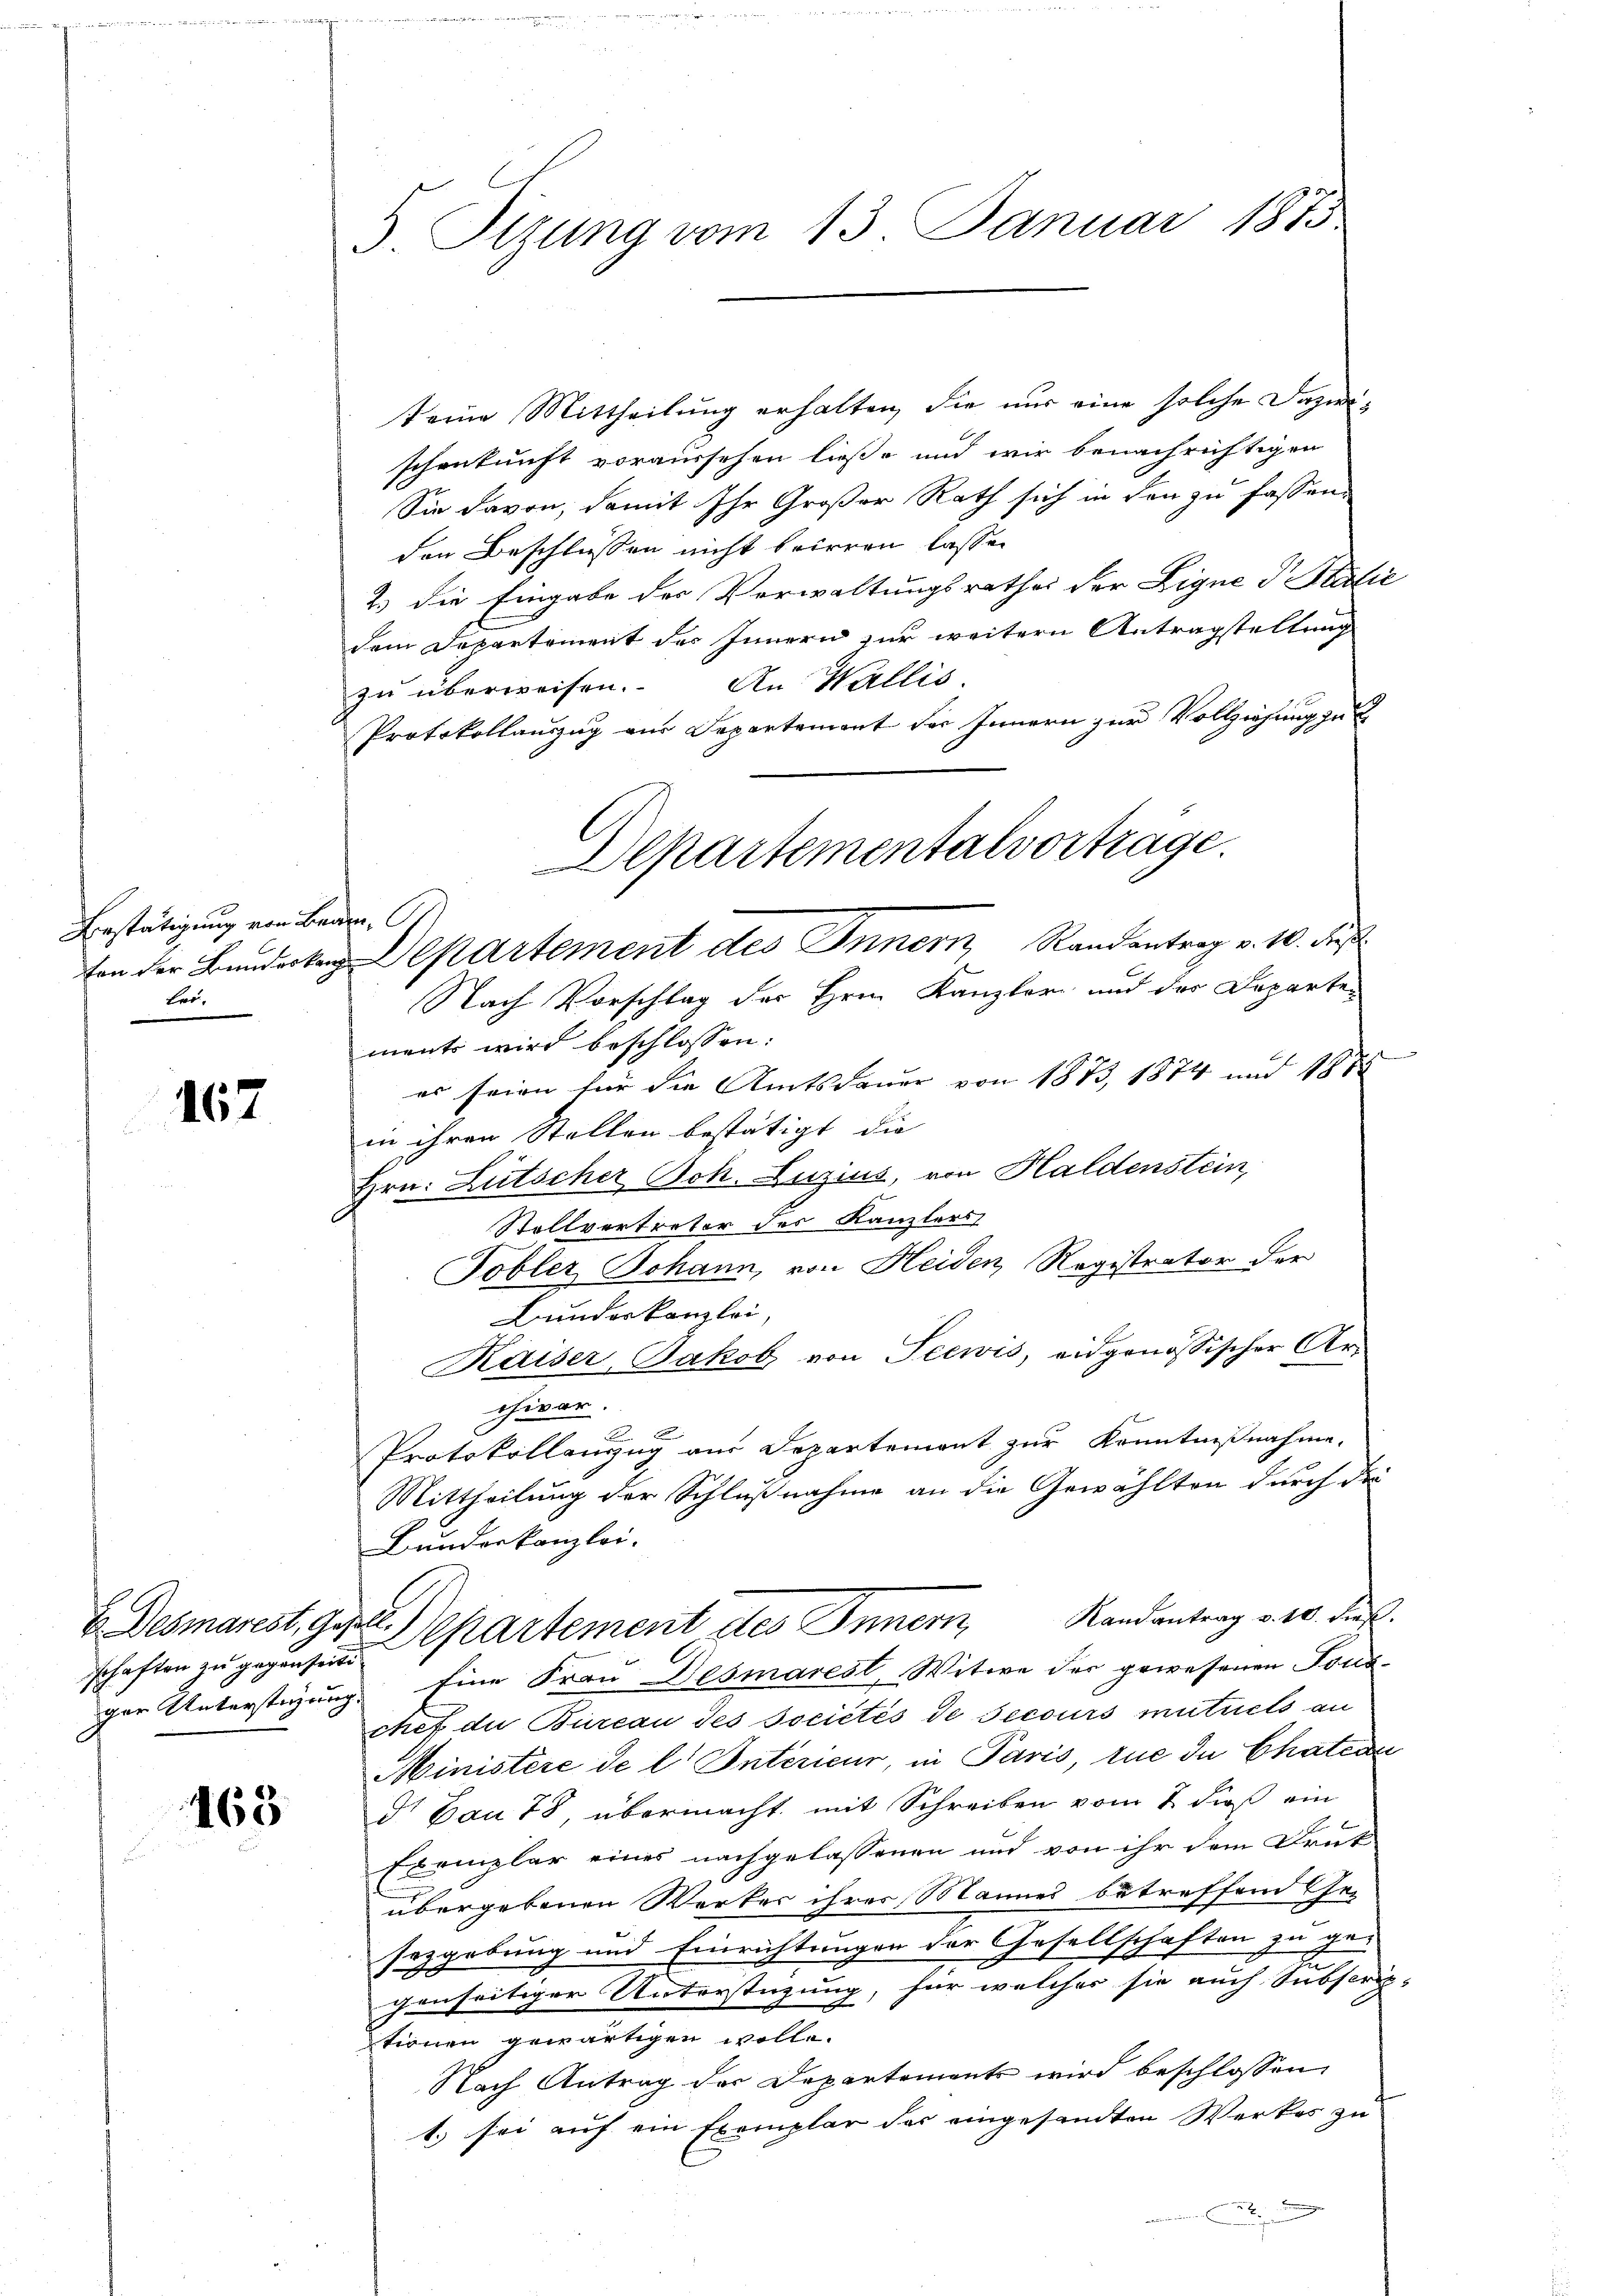
Bestätigung von Beden,
Lri.

167

schaften zu gegenseit

463

5 Sizung vom 13. Januar 1873.

keine Mittheilung erhalten, die nur eine solche Dazwischenkunft voraussehen ließe und wir benachrichtigen
Sie davon, damit Ihr Großer Rath sich in den zu fassen.
den Beschlüssen nicht beirren lassen
2.) die Eingabe der Verwaltungsrathes der Ligne di Paulic
dem Departement des Innern zur weitern Antragstellung
zu überweisen. An Wallis
Protokollauszug aus Departement des Innern zur Vollziehung zu
Nach Vorschlag der Hrrn. Kanzler und der Departen
ments wird beschlossen:
es seien für die Amtsdauer von 1873, 1874 und 1875
in ihren Stellen bestätigt, die |
Hrn. Lütscher Joh. Luzius, von Haldenstein,
Stollvertreter des Kanzlers
Tobler Johann, von Heiden Registrator der
Bunderkanzlei,
Kaiser Jakob von Seewis, eidgenössischer Archivar.
C
.
Protokollanzug aus Departement zur Kenntnißnahme.
Mittheilung der Schlußnahme an die Gewählten durch die
Bunderkanzlei
EDesmarest, Ges. Separtement des Innern Randantrag v. 10. dieß.
ger Unterstigung. Eine Frau Desmarest, Witwe der gewesenen Fond
chef die Bureau des sociétés de secours mutuels an
Ministère de l. Interieur, in Paris, tue du Chätere
d Dau 78, übermacht mit Schreiben vom 2. dieß ein
Exemplar eines nachgelassenen und von ihr dem Brut
übergebenen Werker ihrer Mannes betreffend Gesezgebung und Einrichtungen der Gesellschaften zu gegenseitiger Unterstüzung, für welcher sie auch Subser
tionen gewärtigen wolle.
Nach Antrag der Departements wird beschlossen
1.) sei auf ein Exemplar der eingesandten Werkes zu
e
.

Departementalvorträge.
ton der Bunderten Departement des Innern Randantrag v. 10. Fuß